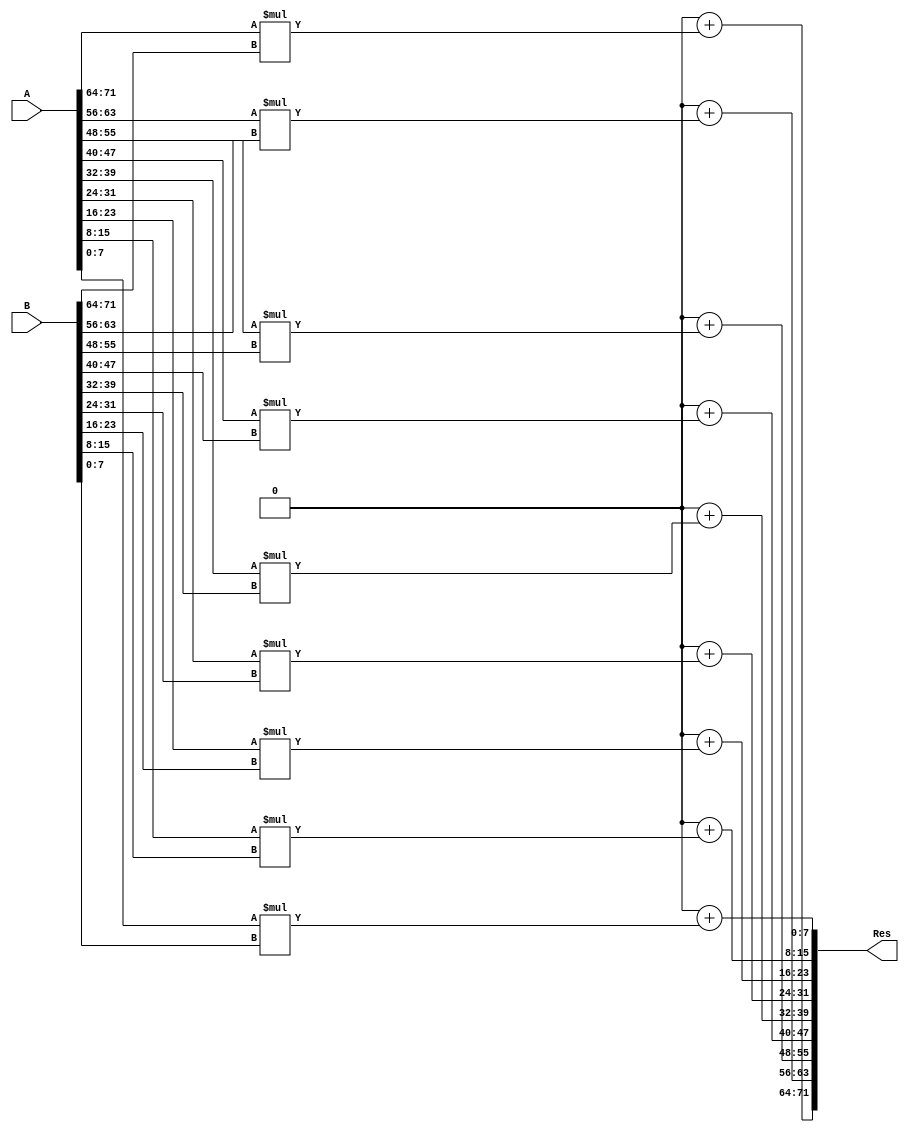
 //Module for calculating elementwise product = A*B
//Where A,B and C are 3 by 3 matrices.
module e_Mat_mult(A,B,Res);

    //input and output ports.
    //The size 72 bits which is 3*3=9 elements,each of which is 8 bits wide.    
    input [71:0] A;
    input [71:0] B;
    output [71:0] Res;
    //internal variables    
    reg [71:0] Res;
    reg [7:0] A1 [0:2][0:2];
    reg [7:0] B1 [0:2][0:2];
    reg [7:0] Res1 [0:2][0:2]; 
    integer i,j,k;

    always@ (A or B)
    begin
    //Initialize the matrices-convert 1 D to 3D arrays
        {A1[0][0],A1[0][1],A1[0][2],A1[1][0],A1[1][1],A1[1][2],A1[2][0],A1[2][1],A1[2][2]} = A;
        {B1[0][0],B1[0][1],B1[0][2],B1[1][0],B1[1][1],B1[1][2],B1[2][0],B1[2][1],B1[2][2]} = B;
        i = 0;
        j = 0;
        k = 0;
        {Res1[0][0],Res1[0][1],Res1[0][2],Res1[1][0],Res1[1][1],Res1[1][2],Res1[2][0],Res1[2][1],Res1[2][2]} = 72'd0; //initialize to zeros.
        //Matrix multiplication
        for(i=0;i < 3;i=i+1)
            for(j=0;j < 3;j=j+1)
                Res1[i][j] = Res1[i][j] + (A1[i][j] * B1[i][j]);
        //final output assignment - 3D array to 1D array conversion.            
        Res = {Res1[0][0],Res1[0][1],Res1[0][2],Res1[1][0],Res1[1][1],Res1[1][2],Res1[2][0],Res1[2][1],Res1[2][2]};    
    end 

endmodule